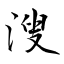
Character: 溲